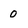
Character: 0